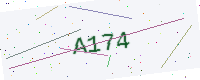
Text: A174